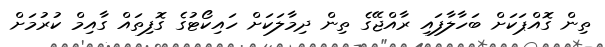
ތިން ގޮއްޕަކަށް ބަހާލާފައި ރާއްޖޭގެ ތިން ދިމާލަކަށް ހައިކޯޓުގެ ގޮފިތައް ގާއިމް ކުރުމަށް